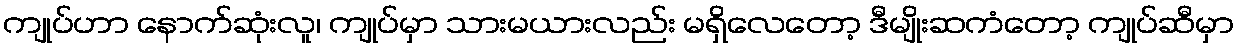
ကျုပ်ဟာ နောက်ဆုံးလူ၊ ကျုပ်မှာ သားမယားလည်း မရှိလေတော့ ဒီမျိုးဆကံတော့ ကျုပ်ဆီမှာ